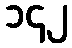
၁၄၂